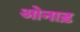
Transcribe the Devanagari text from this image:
ओनाड़